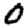
Digit: 0